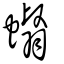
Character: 蠮